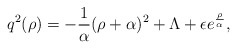
\begin{align*}q^{2}(\rho) = - {1 \over \alpha} (\rho + \alpha)^{2} + \Lambda+ \epsilon e^{\rho \over \alpha^{}},\end{align*}